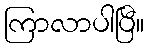
ကြာလာပါပြီ။